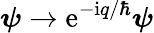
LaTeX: \boldsymbol{\psi}\to\mathrm{e}^{-\mathrm{i}q/\hbar}\boldsymbol{\psi}